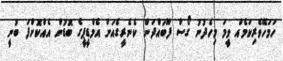
ހަމަހޭވެރިކަމެއް ވީމަ މިހެދުނު ގޯސް ފޫބައްދަން ކެނެރީގެއަށް އެމްޑީޕީގެ ބޮޑުން އެއްކޮށްފަ ބުނީ